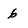
Character: 6